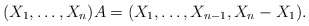
\begin{align*}(X_1,\dots,X_n)A=(X_1,\dots,X_{n-1},X_n-X_1).\end{align*}